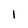
Character: 1